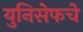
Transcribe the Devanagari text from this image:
युनिसेफचे